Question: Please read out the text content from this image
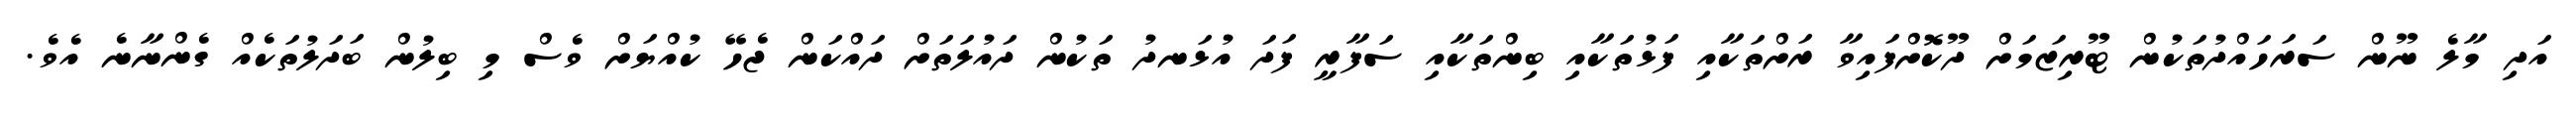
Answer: އަދި މާލެ ނޫން ސަރަހައްދުތަކުން ޓޫރިޒަމަށް ދޫކޮށްފައިވާ ރަށްތަކާއި ފަޅުތަކާއި ބިންތަކާއި ސަފާރީ ފަދަ އުޅަނދު ތަކުން ދައުލަތަށް ދައްކަން ޖެހޭ ކުއްޔަށް ވެސް މި ބިލުން ބަދަލުތަކެއް ގެންނާނެ އެވެ.